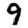
Digit: 9